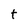
Character: t